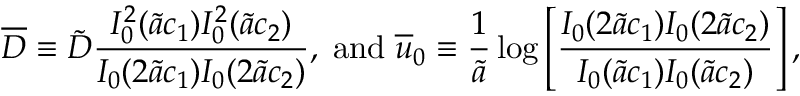
\overline { { D } } \equiv \tilde { D } \frac { I _ { 0 } ^ { 2 } ( \tilde { a } c _ { 1 } ) I _ { 0 } ^ { 2 } ( \tilde { a } c _ { 2 } ) } { I _ { 0 } ( 2 \tilde { a } c _ { 1 } ) I _ { 0 } ( 2 \tilde { a } c _ { 2 } ) } , \; \mathrm { a n d } \; \overline { { u } } _ { 0 } \equiv \frac { 1 } { \tilde { a } } \log \left[ \frac { I _ { 0 } ( 2 \tilde { a } c _ { 1 } ) I _ { 0 } ( 2 \tilde { a } c _ { 2 } ) } { I _ { 0 } ( \tilde { a } c _ { 1 } ) I _ { 0 } ( \tilde { a } c _ { 2 } ) } \right] ,